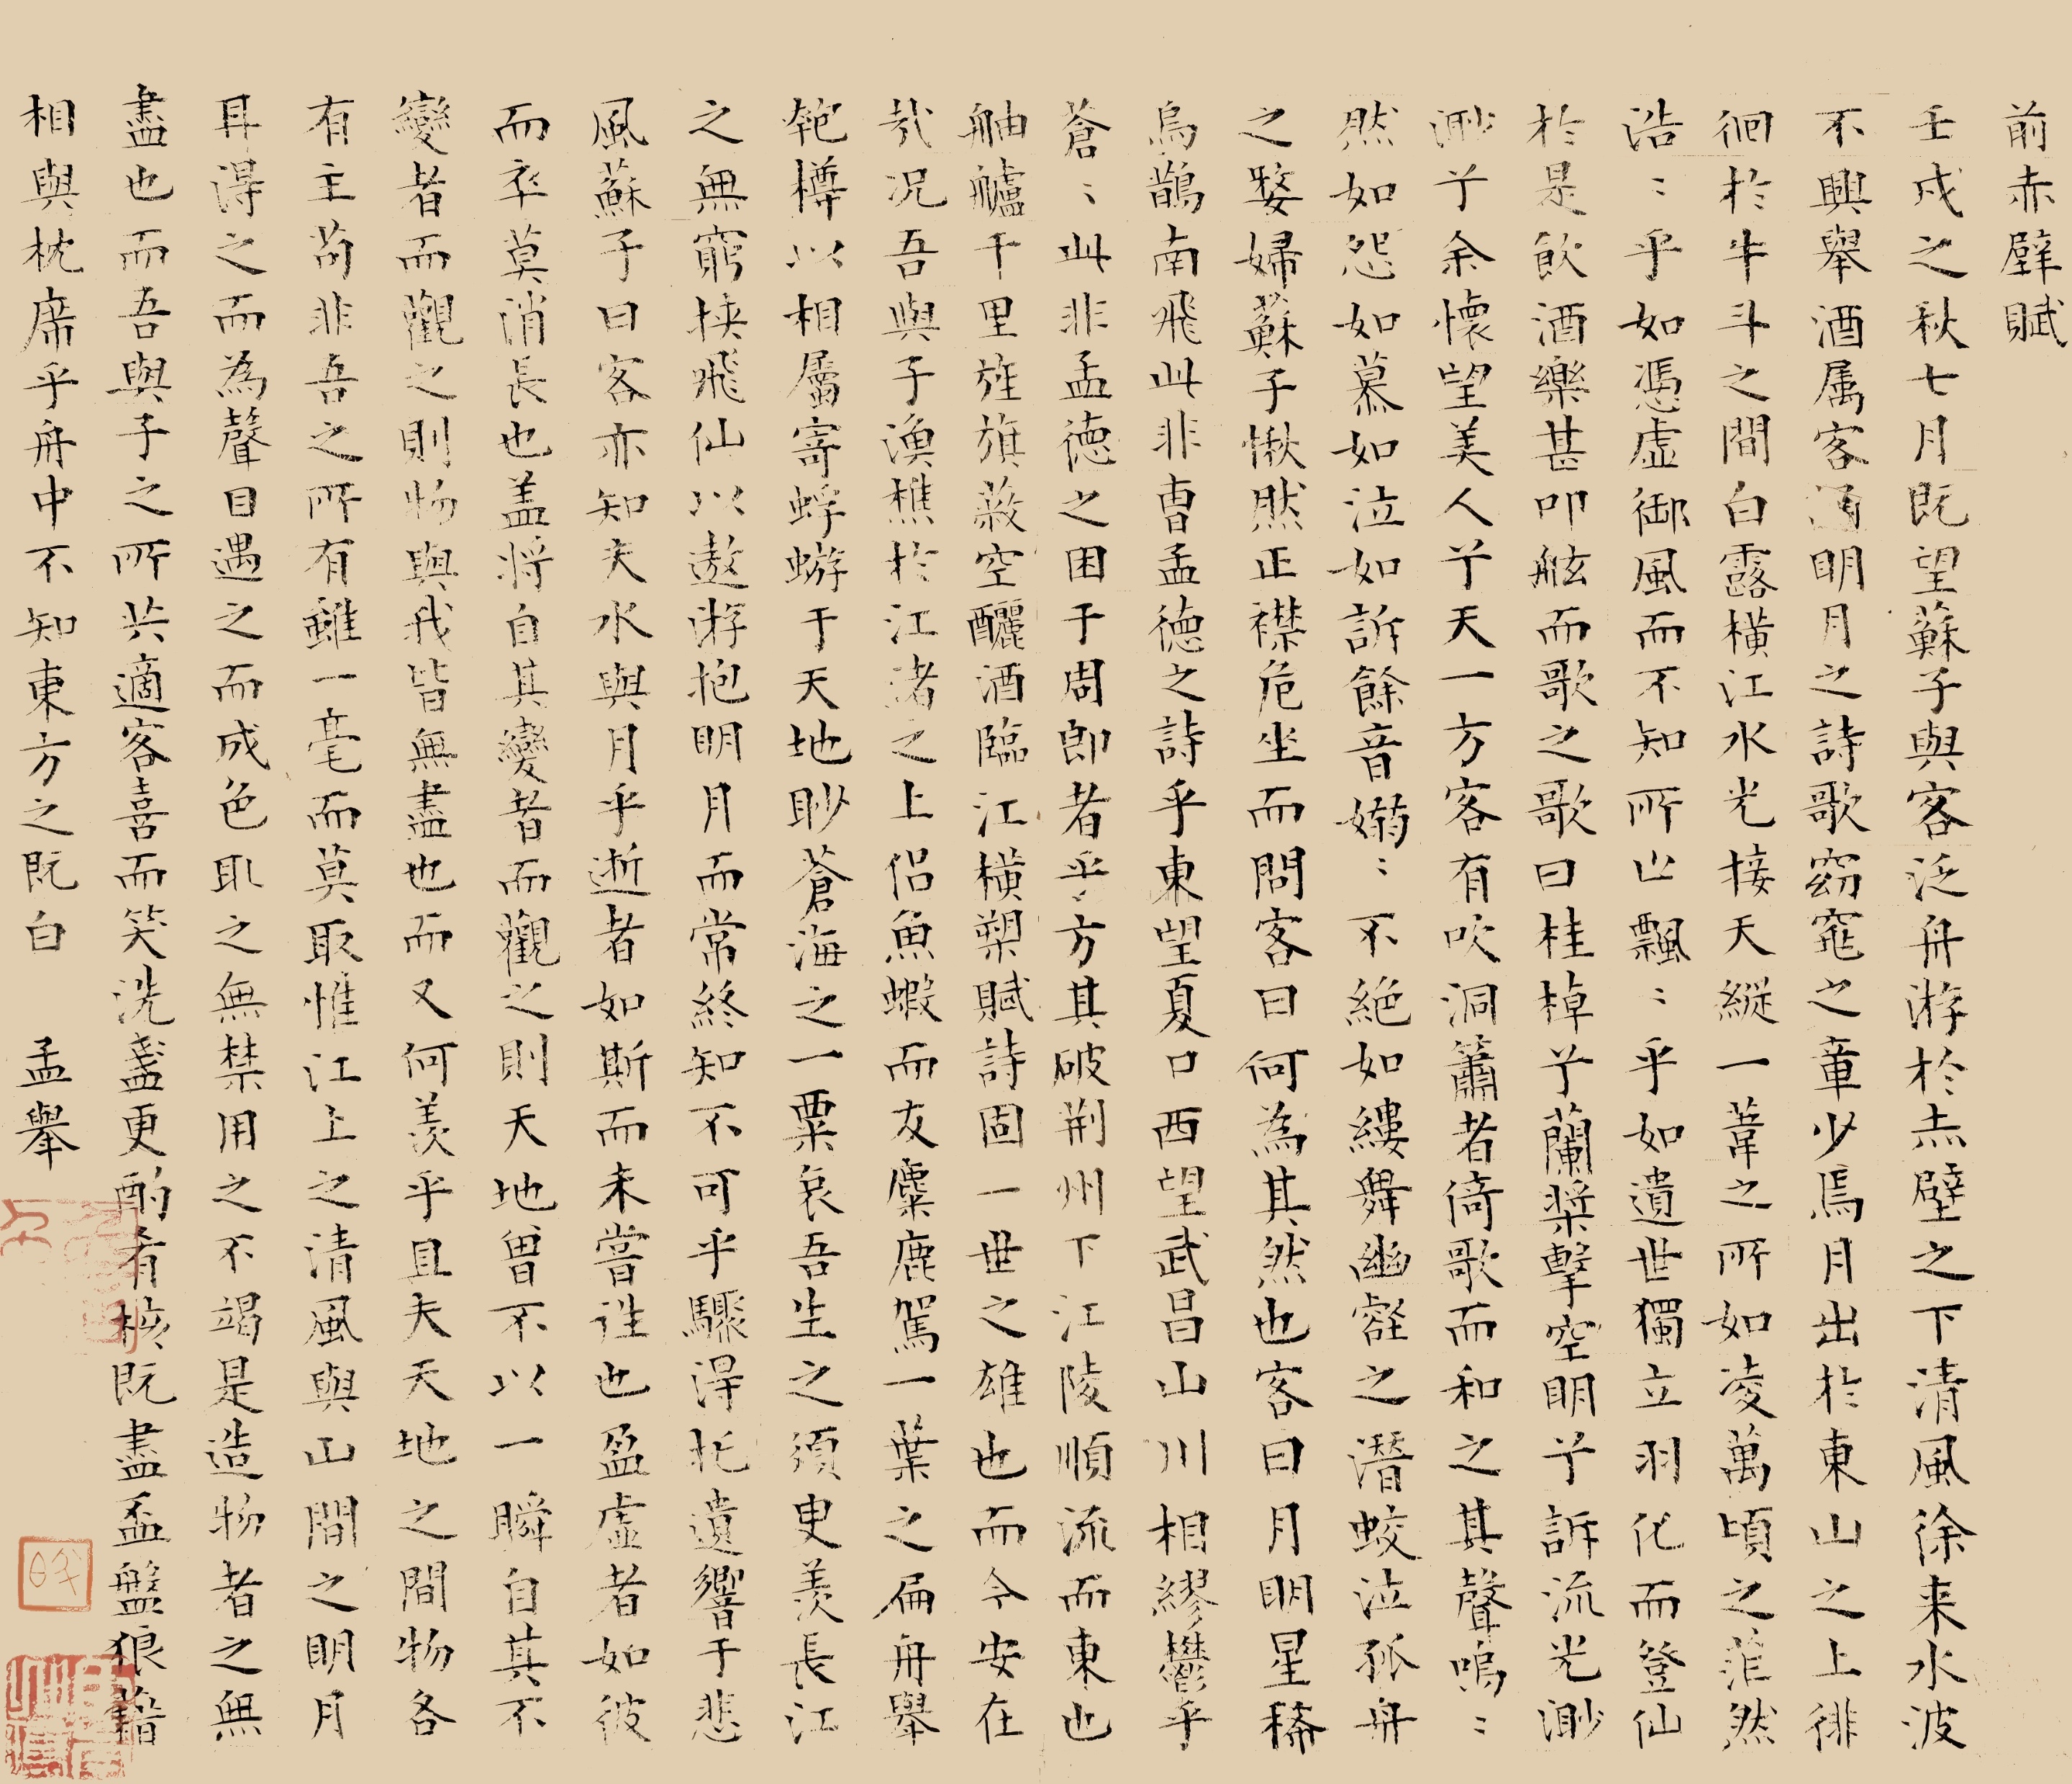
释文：前赤壁赋。壬戌之秋，七月既望，苏子与客泛舟游于赤壁之下。清风徐来，水波不兴。举酒属客，诵明月之诗，歌窈窕之章。少焉，月出于东山之上，徘徊于斗牛之间。白露横江，水光接天。纵一苇之所如，凌万顷之茫然。浩浩乎如冯虚御风，而不知其所止；飘飘乎如遗世独立，羽化而登仙。于是饮酒乐甚，扣舷而歌之。歌曰：“桂棹兮兰桨，击空明兮溯流光。渺渺兮予怀，望美人兮天一方。”客有吹洞箫者，倚歌而和之。其声呜呜然，如怨如慕，如泣如诉；余音袅袅，不绝如缕。舞幽壑之潜蛟，泣孤舟之嫠妇。苏子愀然，正襟危坐，而问客曰：“何为其然也？”客曰：“‘月明星稀，乌鹊南飞。’此非曹孟德之诗乎？西望夏口，东望武昌，山川相缪，郁乎苍苍，此非孟德之困于周郎者乎？方其破荆州，下江陵，顺流而东也，舳舻千里，旌旗蔽空，酾酒临江，横槊赋诗，固一世之雄也，而今安在哉？况吾与子渔樵于江渚之上，侣鱼虾而友麋鹿，驾一叶之扁舟，举匏樽以相属。寄蜉蝣于天地，渺沧海之一粟。哀吾生之须臾，羡长江之无穷。挟飞仙以遨游，抱明月而长终。知不可乎骤得，托遗响于悲风。”苏子曰：“客亦知夫水与月乎？逝者如斯，而未尝往也；盈虚者如彼，而卒莫消长也。盖将自其变者而观之，则天地曾不能以一瞬；自其不变者而观之，则物与我皆无尽也，而又何羡乎！且夫天地之间，物各有主，苟非吾之所有，虽一毫而莫取。惟江上之清风，与山间之明月，耳得之而为声，目遇之而成色，取之无禁，用之不竭。是造物者之无尽藏也，而吾与子之所共适。”客喜而笑，洗盏更酌。肴核既尽，杯盘狼籍。相与枕藉乎舟中，不知东方之既白。孟举。